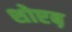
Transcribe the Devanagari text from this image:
शोएब़